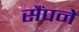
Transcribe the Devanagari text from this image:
सैंपने